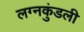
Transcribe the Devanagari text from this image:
लग्नकुंडली